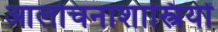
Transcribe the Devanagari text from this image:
आलोचनाशास्त्रियों